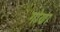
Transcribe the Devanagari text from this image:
गोणा